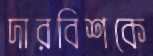
দারবিশকে